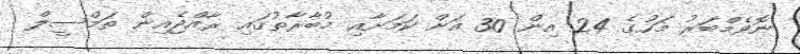
ނޮވެމްބަރު މަހުގެ 24 އިން 30 އަށް ކަމަށާއި މުބާރާތުގައި ރާއްޖެއިން ތަމްސީލް